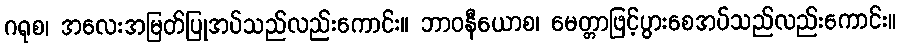
ဂရုစ၊ အလေးအမြတ်ပြုအပ်သည်လည်းကောင်း။ ဘာဝနီယောစ၊ မေတ္တာဖြင့်ပွားစေအပ်သည်လည်းကောင်း။